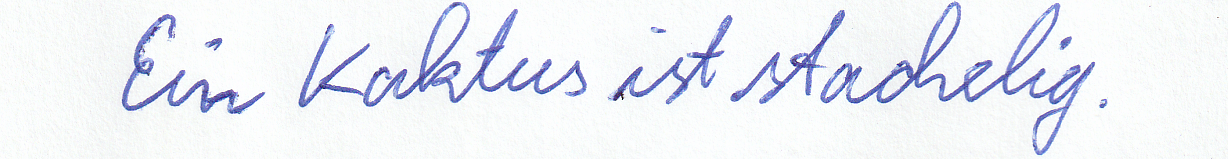
Ein Kaktus ist stachelig.